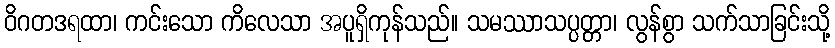
ဝိဂတဒရထာ၊ ကင်းသော ကိလေသာ အပူရှိကုန်သည်။ သမဿာသပ္ပတ္တာ၊ လွန်စွာ သက်သာခြင်းသို့